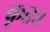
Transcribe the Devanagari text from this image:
कृतः।